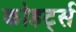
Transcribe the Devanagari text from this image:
कोहर्ट्स